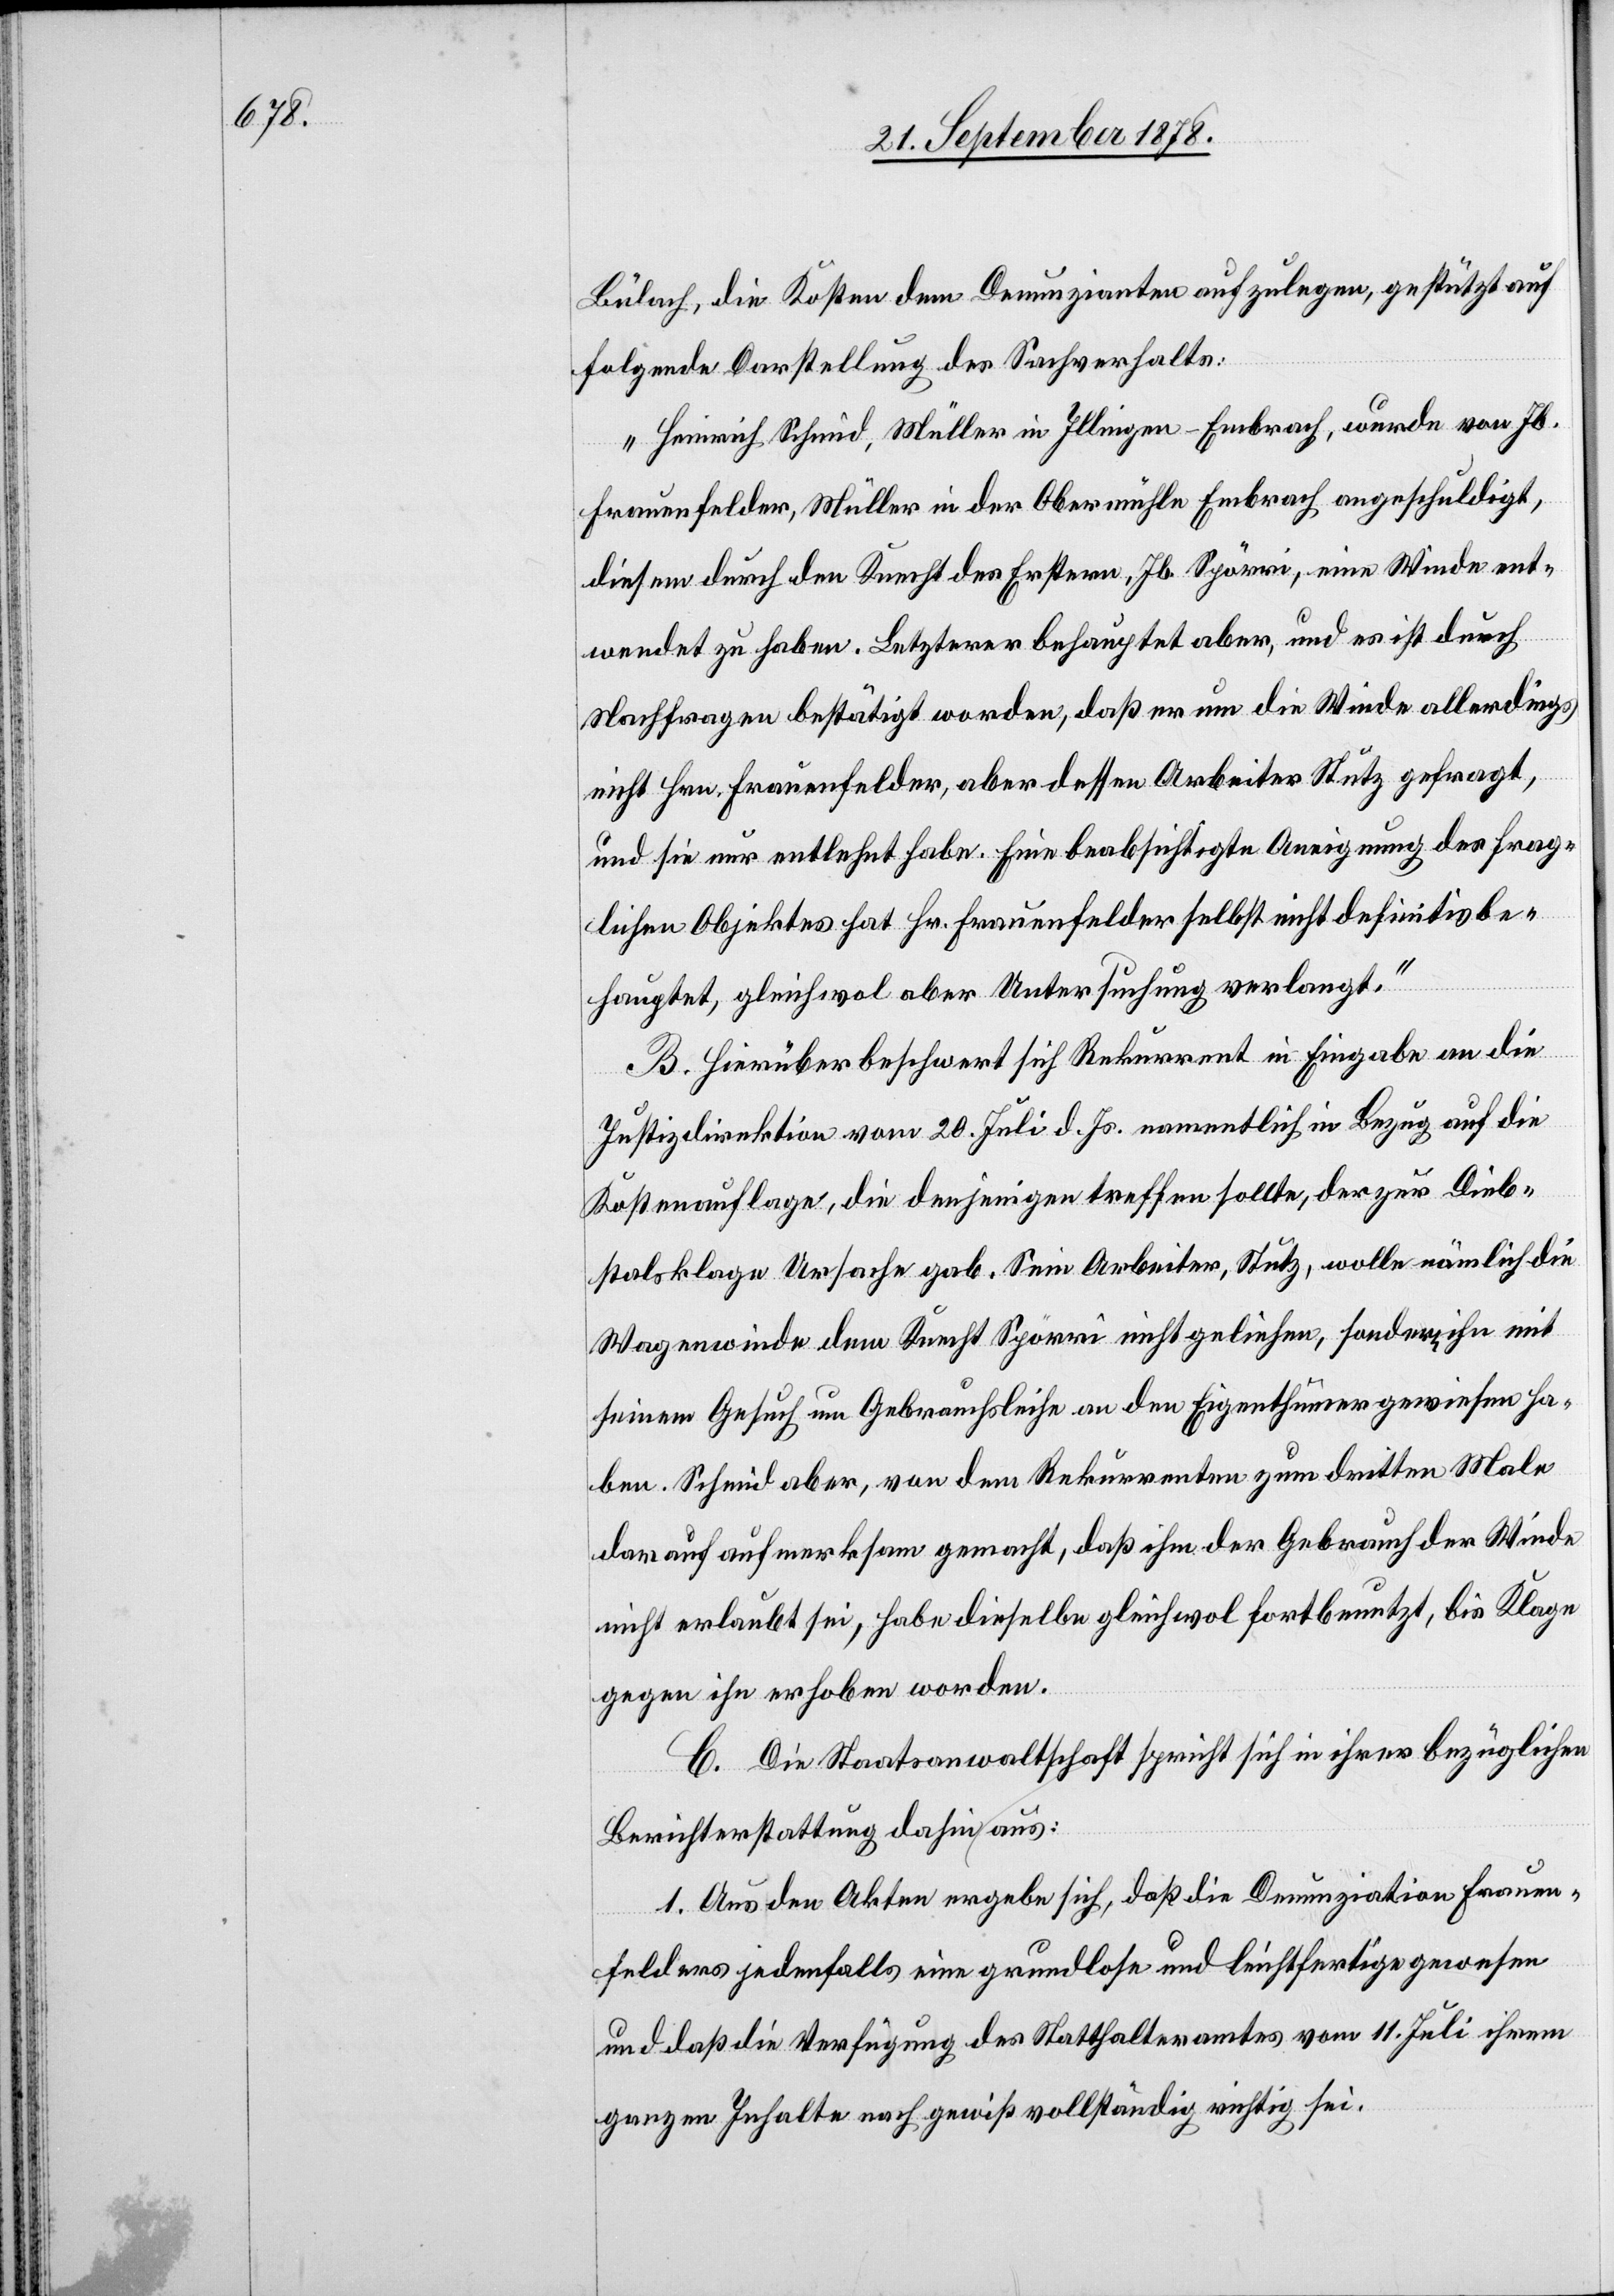
Bülach, die Kosten dem Denunzianten aufzulegen, gestützt auf
folgende Darstellung des Sachverhalts:
„Heinrich Schmid, Müller in Illingen - Embrach, wurde von Jb.
Frauenfelder, Müller in der Obermühle Embrach angeschuldigt,
diesem durch den Knecht der Erstern, Jb. Spörri, eine Winde ent¬
wendet zu haben. Letzterer behauptet aber, und es ist durch
Nachfrage bestätigt worden, daß er um die Winde allerdings
nicht Hrn. Frauenfelder, aber dessen Arbeiter Stutz gefragt,
und sie nur entlehnt habe. Eine beabsichtigte Aneignung des frag¬
lichen Objektes hat Hr. Frauenfelder selbst nicht definitiv be¬
hauptet, gleichwol aber Untersuchung verlangt.“
B. Hierüber beschwert sich Rekurrent in Eingabe an die
Justizdirektion vom 20. Juli d. Js. namentlich in Bezug auf die
Kostenauflage, die denjenigen treffen sollte, der zur Dieb¬
stalsklage Ursache gab. Sein Arbeiter, Stutz, wolle nämlich die
Wagenwinde dem Knecht Spörri nicht geliehen, sondern ihn mit
seinem Gesuch um Gebrauchsleihe an den Eigenthümer gewiesen ha¬
ben. Schmid aber, von den Rekurrenten zum dritten Male
darauf aufmerksam gemacht, daß ihm der Gebrauch der Winde
nicht erlaubt sei, habe dieselbe gleichwol fortbenutzt, bis Klage
gegen ihn erhoben worden.
C. Die Staatsanwaltschaft spricht sich in ihrer bezüglichen
Berichterstattung dahin aus:
1. Aus den Akten ergebe sich, daß die Denunziation Frauen¬
felders jedenfalls eine grundlose und leichtfertige gewesen
und daß die Verfügung des Statthalteramtes vom 11. Juli ihrem
ganzen Inhalte nach gewiß vollständig richtig sei.